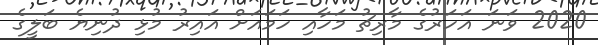
2020 ވަނަ އަހަރުގެ މާރިޗު މަހާއި ހަމައަށް އައިރު މުޅި ދުނިޔެ ބަލީގެ